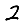
Digit: 2